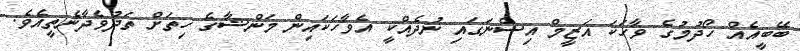
ބޭބީއެއް ހޯދުމުގެ ވާހަކަ އަޒީމް އިސްނަގައި ނުދެއްކީ އެވާހަކައިން މަންޝާގެ ހިތަށް ތަދުވެދާނެތީއެވެ.